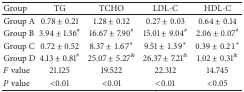
| Group | TG | TCHO | LDL-C | HDL-C |
 | --- | --- | --- | --- | --- |
 | Group A | 0.78 ± 0.21 | 1.28 ± 0.12 | 0.27 ± 0.03 | 0.64 ± 0.14 |
 | Group B | 3.94 ± 1.36# | 16.67 ± 7.90# | 15.01 ± 9.04# | 2.06 ± 0.07# |
 | Group C | 0.72 ± 0.52 | 8.37 ±1.67∗ | 9.51 ±1.39∗ | 0.39 ±0.21∗ |
 | Group D | 4.13 ± 0.81# | 25.07 ± 5.27& | 26.37 ± 7.21& | 1.02 ± 0.31& |
 | F value | 21.125 | 19.522 | 22.312 | 14.745 |
 | P value | <0.01 | <0.01 | <0.01 | <0.05 |